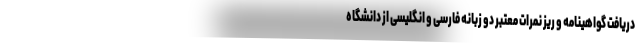
دریافت گواهینامه و ریز نمرات معتبر دو زبانه فارسی و انگلیسی از دانشگاه